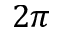
2 \pi